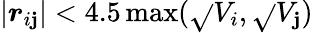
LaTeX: \left|\boldsymbol{r}_{i\mathbf{j}}\right|<4.5\operatorname*{max}(\sqrt{}{{V_{i}}},\sqrt{}{{V_{\mathbf{j}}}})